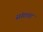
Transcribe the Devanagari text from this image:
संगाचा